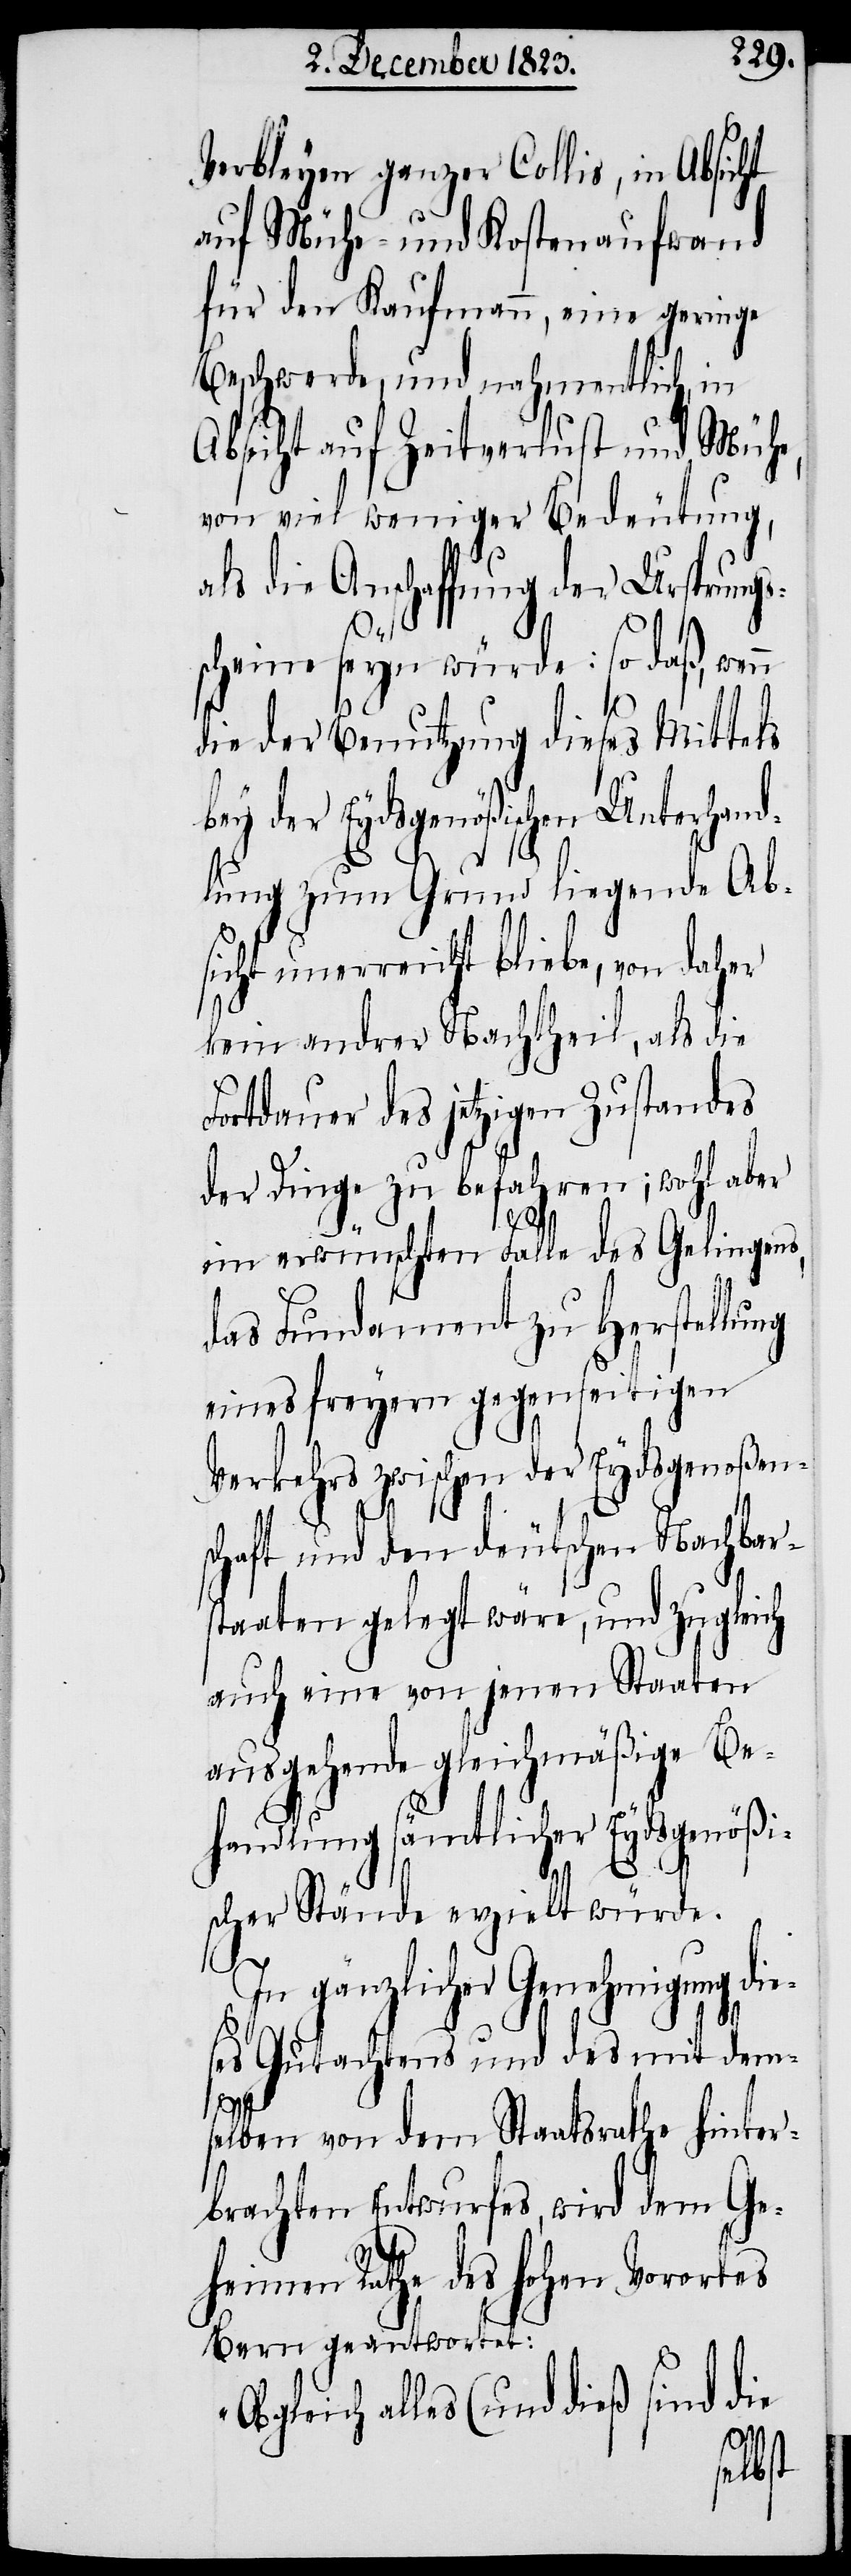
Verbleyen ganzer Collis, in Absicht
auf Mühe- und Kostenaufwand
für den Kaufmann, eine geringe
Beschwerde, und nahmentlich, in
Absicht auf Zeitverlust und Mühe,
von viel weniger Bedeutung,
als die Anschaffung der Ursprungs¬
„O¬
scheine seyn würde: so daß, wenn
die der Benutzung dieses Mittels
bey der Eydsgenößischen Unterhand¬
lung zum Grund liegende Ab¬
sicht unerreicht bliebe, von daher
kein andrer Nachtheil, als die
Fortdauer des jetzigen Zustandes
der Dinge zu befahren; wohl aber
im erwünschten Falle des Gelingens,
das Fundament zu Herstellung
eines freyern gegenseitigen
Verkehrs zwischen der Eydsgenoßen¬
schaft und den deutschen Nachbars¬
taaten gelegt wäre, und zugleich
auch eine von jenen Staaten
ausgehende gleichmäßige Be¬
handlung sämtlicher Eydsgenößi¬
scher Stände erzielt würde.
In gänzlicher Genehmigung die¬
ses Gutachtens und des mit dem¬
selben von dem Staatsrathe hinter¬
brachten Entwurfes, wird dem Ge¬
heimen Rathe des hohen Vorortes
Bern geantwortet:
bgleich alles (und dieß sind die